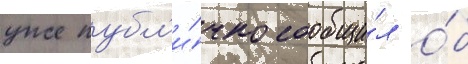
уже публ'и́чно сообщи́л о́б